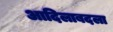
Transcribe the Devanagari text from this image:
आदिलाबदला